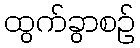
ထွက်ခွာစဉ်